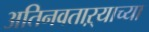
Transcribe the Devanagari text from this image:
अतिनवताऱ्याच्या